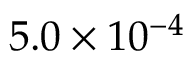
5 . 0 \times 1 0 ^ { - 4 }